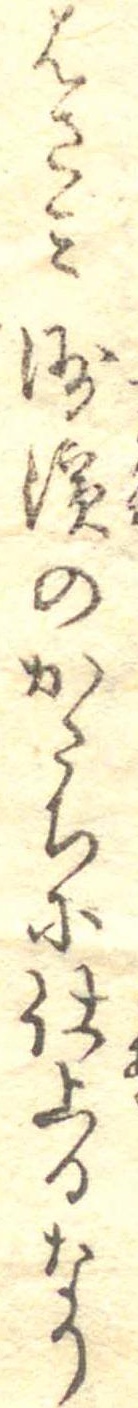
はさみ洲浜のかたちに仕上るなり